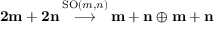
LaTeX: { \bf { 2 m + 2 n } } \, { \stackrel { \mathrm { S O } ( m , n ) } { \longrightarrow } } \, { \bf { m + n } } \oplus { \bf { m + n } }